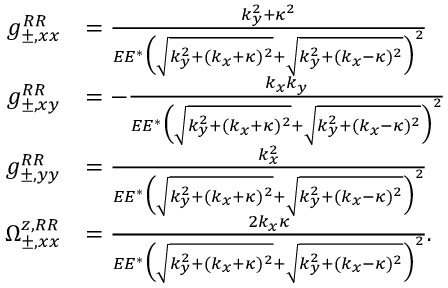
\begin{array} { r l } { g _ { \pm , x x } ^ { R R } } & { = \frac { k _ { y } ^ { 2 } + \kappa ^ { 2 } } { E E ^ { * } \Big ( \sqrt { k _ { y } ^ { 2 } + ( k _ { x } + \kappa ) ^ { 2 } } + \sqrt { k _ { y } ^ { 2 } + ( k _ { x } - \kappa ) ^ { 2 } } \Big ) ^ { 2 } } } \\ { g _ { \pm , x y } ^ { R R } } & { = - \frac { k _ { x } k _ { y } } { E E ^ { * } \Big ( \sqrt { k _ { y } ^ { 2 } + ( k _ { x } + \kappa ) ^ { 2 } } + \sqrt { k _ { y } ^ { 2 } + ( k _ { x } - \kappa ) ^ { 2 } } \Big ) ^ { 2 } } } \\ { g _ { \pm , y y } ^ { R R } } & { = \frac { k _ { x } ^ { 2 } } { E E ^ { * } \Big ( \sqrt { k _ { y } ^ { 2 } + ( k _ { x } + \kappa ) ^ { 2 } } + \sqrt { k _ { y } ^ { 2 } + ( k _ { x } - \kappa ) ^ { 2 } } \Big ) ^ { 2 } } } \\ { \Omega _ { \pm , x x } ^ { z , R R } } & { = \frac { 2 k _ { x } \kappa } { E E ^ { * } \Big ( \sqrt { k _ { y } ^ { 2 } + ( k _ { x } + \kappa ) ^ { 2 } } + \sqrt { k _ { y } ^ { 2 } + ( k _ { x } - \kappa ) ^ { 2 } } \Big ) ^ { 2 } } . } \end{array}